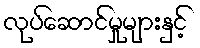
လုပ်ဆောင်မှုများနှင့်